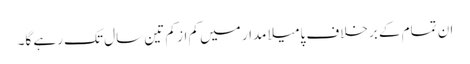
ان تمام کے برخلاف پامیلا مدار میں کم از کم تین سال تک رہے گا۔